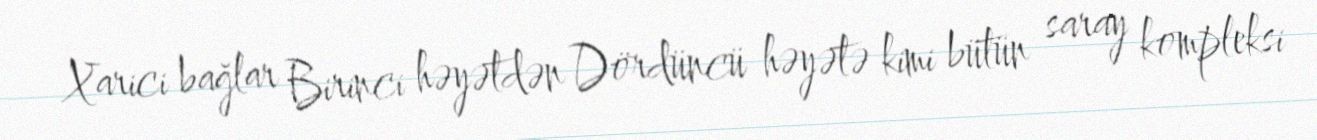
Xarici bağlar Birinci həyətdən Dördüncü həyətə kimi bütün saray kompleksi